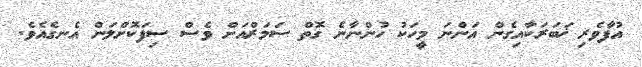
އުފާވެރި ޚަބަރަކާއިގެން އަންނަ މީހަކު ހުންނާނެ ގޮތް ސަމަރްއަށް ވެސް ސިފަކޮށްލަން އެނގެއެވެ.